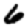
Digit: 6